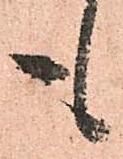
も